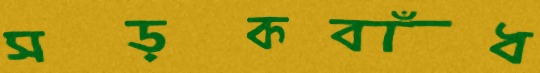
সড়কবাঁধ